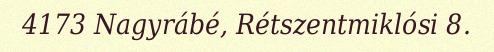
4173 Nagyrábé, Rétszentmiklósi 8.